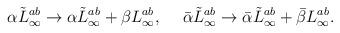
LaTeX: \begin{align*}\alpha\tilde L^{ab}_\infty \rightarrow \alpha\tilde L^{ab}_\infty +\beta L^{ab}_\infty, \hskip 15pt\bar\alpha\tilde L^{ab}_\infty \rightarrow \bar\alpha\tilde L^{ab}_\infty +\bar\beta L^{ab}_\infty.\end{align*}